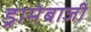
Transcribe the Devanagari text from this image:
ड्रामेबाजी